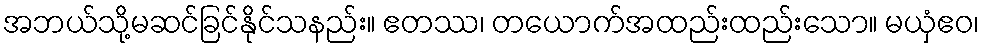
အဘယ်သို့မဆင်ခြင်နိုင်သနည်း။ ဧတဿ၊ တယောက်အထည်းထည်းသော။ မယှံဧဝ၊